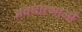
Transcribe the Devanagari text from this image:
अवधारणाऒं